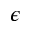
\epsilon